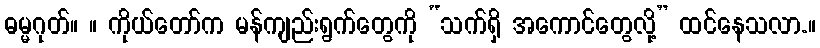
ဓမ္မဂုတ်။ ။ ကိုယ်တော်က မန်ကျည်းရွက်တွေကို “သက်ရှိ အကောင်တွေလို့” ထင်နေသလာ.။